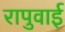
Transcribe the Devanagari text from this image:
रापुवाई